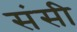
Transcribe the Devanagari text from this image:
संसी